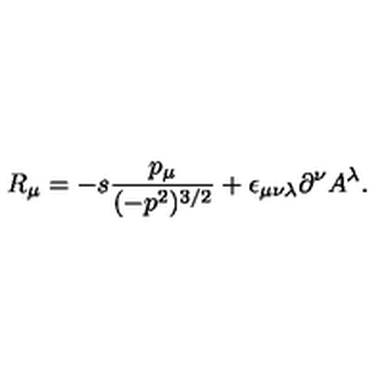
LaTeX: R _ { \mu } = - s \frac { p _ { \mu } } { ( - p ^ { 2 } ) ^ { 3 / 2 } } + \epsilon _ { \mu \nu \lambda } \partial ^ { \nu } A ^ { \lambda } .